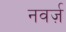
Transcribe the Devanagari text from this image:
नवर्ज़